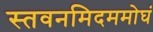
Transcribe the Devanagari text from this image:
स्तवनमिदममोघं